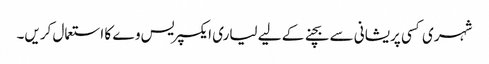
شہری کسی پریشانی سے بچنے کے لیے لیاری ایکسپریس وے کا استعمال کریں۔